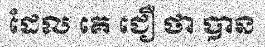
ដែល គេ ជឿ ថា បាន